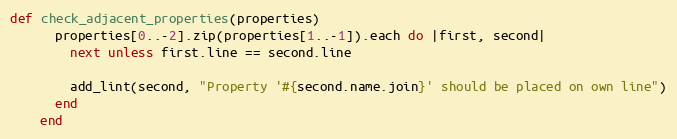
Language: Ruby
def check_adjacent_properties(properties)
      properties[0..-2].zip(properties[1..-1]).each do |first, second|
        next unless first.line == second.line

        add_lint(second, "Property '#{second.name.join}' should be placed on own line")
      end
    end